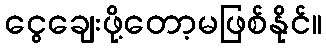
ငွေချေးဖို့တော့မဖြစ်နိုင်။